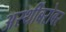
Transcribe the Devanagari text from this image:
अस्थींबरोबर